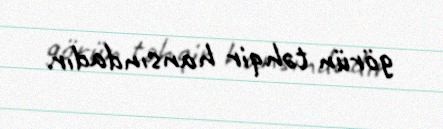
görün təhqir hansındadır.